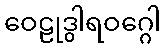
ဝေဠုဒွါရဝဂ္ဂေါ